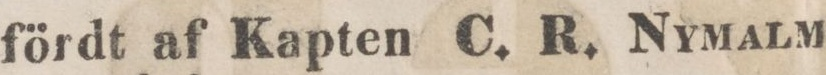
fördt af Kapten C. R. Nymalm